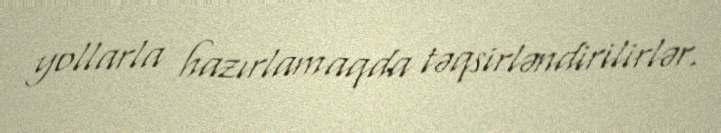
yollarla hazırlamaqda təqsirləndirilirlər.